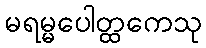
မရမ္မပေါတ္ထကေသု